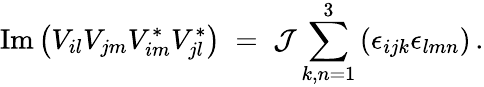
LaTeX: \mathrm{Im}\left(V_{il}V_{jm}V_{im}^{*}V_{jl}^{*}\right)\; =\; {\cal J}\sum_{k,n=1}^{3}\left(\epsilon_{ijk}\epsilon_{lmn}\right)\, .